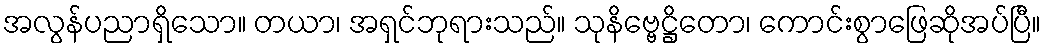
အလွန်ပညာရှိသော။ တယာ၊ အရှင်ဘုရားသည်။ သုနိဗ္ဗေဋ္ဌိတော၊ ကောင်းစွာဖြေဆိုအပ်ပြီ။